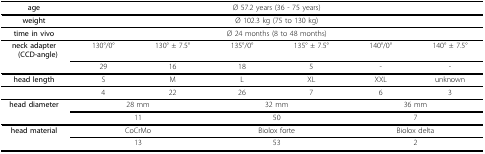
| age | <COLSPAN=6> Ø 57.2 years (36 - 75 years) |
 | --- | --- | --- | --- | --- | --- | --- |
 | weight | <COLSPAN=6> Ø 102.3 kg (75 to 130 kg) |
 | time in vivo | <COLSPAN=6> Ø 24 months (8 to 48 months) |
 | neck adapter(CCD-angle) | 130°/0° | 130° ± 7.5° | 135°/0° | 135° ± 7.5° | 140°/0° | 140° ± 7.5° |
 |  | 29 | 16 | 18 | 5 | - | - |
 | head length | S | M | L | XL | XXL | unknown |
 |  | 4 | 22 | 26 | 7 | 6 | 3 |
 | head diameter | <COLSPAN=2> 28 mm | <COLSPAN=2> 32 mm | <COLSPAN=2> 36 mm |
 |  | <COLSPAN=2> 11 | <COLSPAN=2> 50 | <COLSPAN=2> 7 |
 | head material | <COLSPAN=2> CoCrMo | <COLSPAN=2> Biolox forte | <COLSPAN=2> Biolox delta |
 |  | <COLSPAN=2> 13 | <COLSPAN=2> 53 | <COLSPAN=2> 2 |